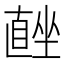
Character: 𭅨